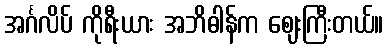
အင်္ဂလိပ် ကိုရီးယား အဘိဓါန်က ဈေးကြီးတယ်။